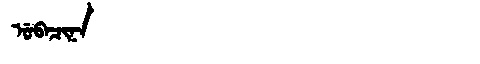
Manchu: ᡠᠪᠠᠴᡳᠨᠠ
Romanization: UBACINA